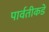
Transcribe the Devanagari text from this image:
पार्वतीकडे